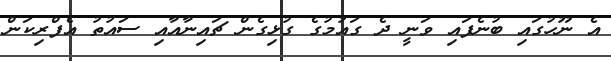
އެ ނޫހުގައި ބުނެފައި ވަނީ ދެ ގައުމުގެ ގުޅިގެން ޗައިނާއާއި ސައުތު އެފްރިކަން